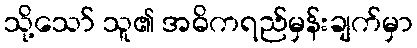
သို့သော် သူ၏ အဓိကရည်မှန်းချက်မှာ